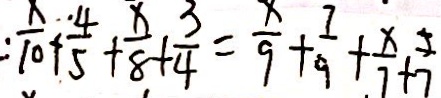
: \frac { x } { 1 0 } + \frac { 4 } { 5 } + \frac { x } { 8 } + \frac { 3 } { 4 } = \frac { x } { 9 } + \frac { 7 } { 9 } + \frac { x } { 7 } + \frac { 5 } { 7 }